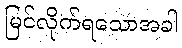
မြင်လိုက်ရသောအခါ